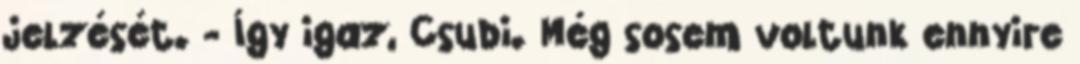
jelzését. - Így igaz, Csubi. Még sosem voltunk ennyire